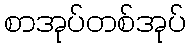
စာအုပ်တစ်အုပ်